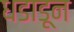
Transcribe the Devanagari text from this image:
धडाडून